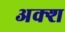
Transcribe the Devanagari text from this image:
अक्श